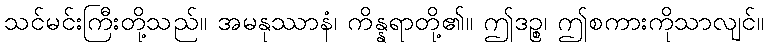
သင်မင်းကြီးတို့သည်။ အမနုဿာနံ၊ ကိန္နရာတို့၏။ ဤဒဉ္စ၊ ဤစကားကိုသာလျင်။